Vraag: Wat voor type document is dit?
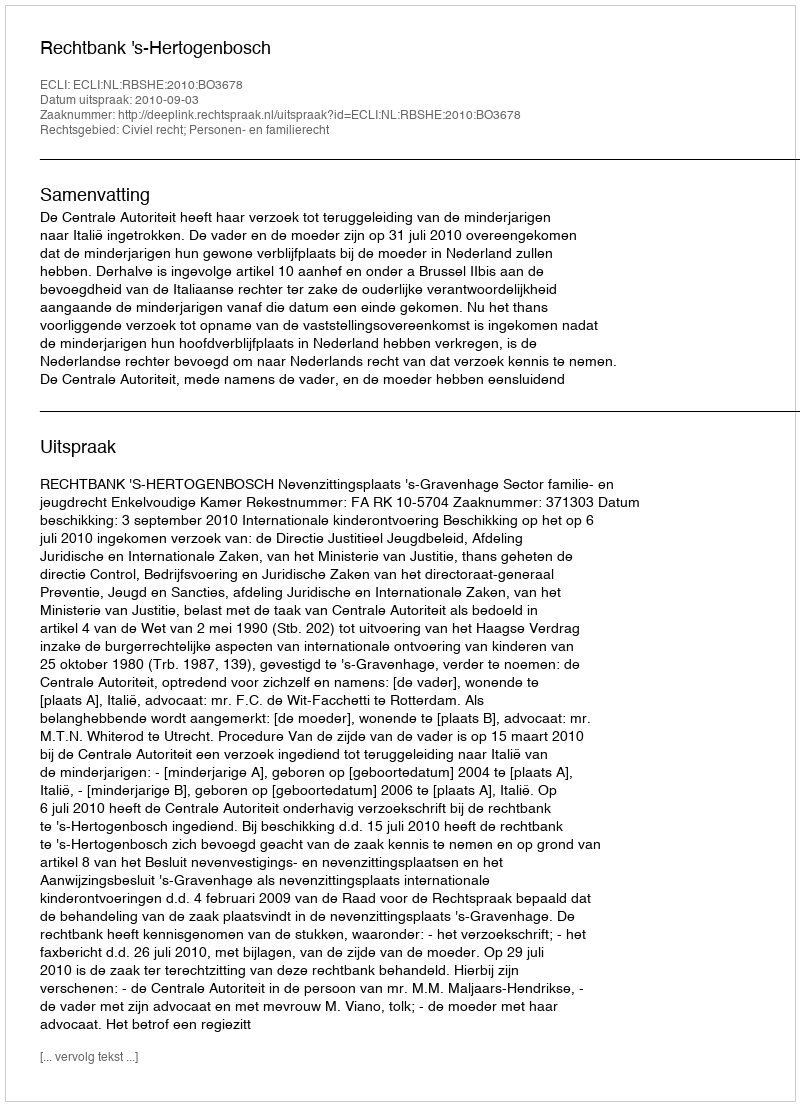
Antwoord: Uitspraak